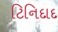
ટિનિદાદ